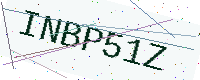
Text: INBP51Z